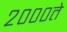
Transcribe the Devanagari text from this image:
२०००ते